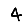
Digit: 4